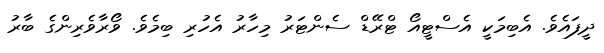
ދީފައެވެ. އެބިމަކީ އެސްޓީއޯ ޓްރޭޑް ސެންޓަރު މިހާރު އެހުރި ބިމެވެ. ވޯރާވެރިންގެ ބާރު